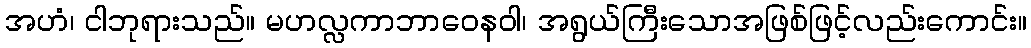
အဟံ၊ ငါဘုရားသည်။ မဟလ္လကာဘာဝေနဝါ၊ အရွယ်ကြီးသောအဖြစ်ဖြင့်လည်းကောင်း။